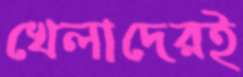
খেলাদেরই